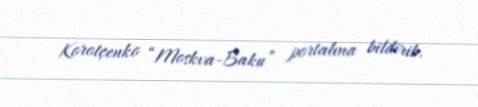
Korotçenko “Moskva-Baku” portalına bildirib.